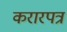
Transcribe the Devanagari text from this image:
करारपत्र